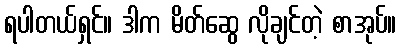
ရပါတယ်ရှင်။ ဒါက မိတ်ဆွေ လိုချင်တဲ့ စာအုပ်။